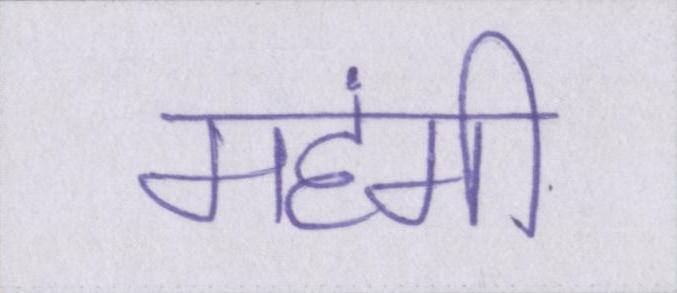
महंगी